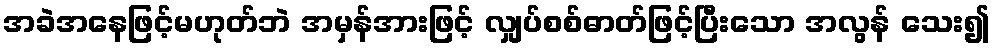
အခဲအနေဖြင့်မဟုတ်ဘဲ အမှန်အားဖြင့် လျှပ်စစ်ဓာတ်ဖြင့်ပြီးသော အလွန် သေး၍